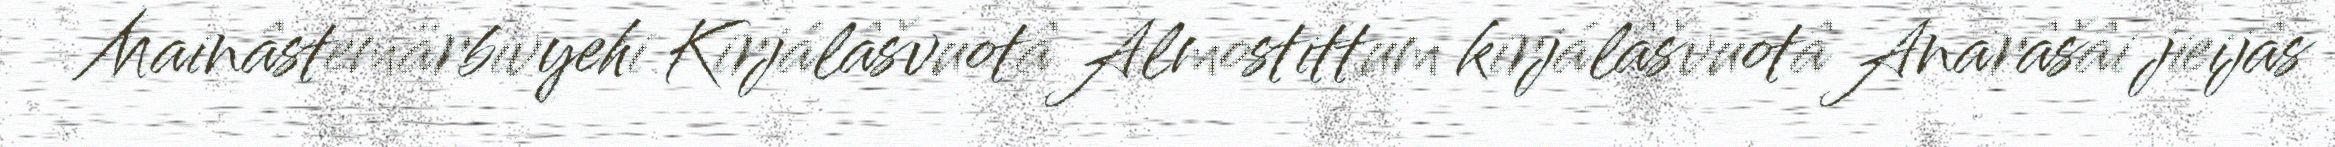
Mainâstemärbivyehi Kirjálâšvuotâ Almostittum kirjálâšvuotâ Anarâšâi jieijâs